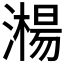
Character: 𣿘